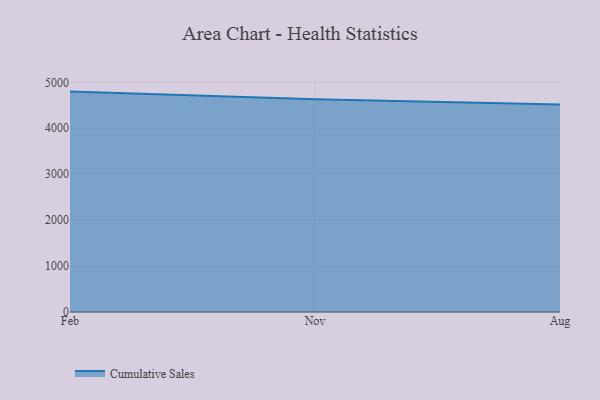
{"axis": {"x": "Month", "y": "Bounce Rate (%)"}, "legend": ["Cumulative Sales"], "data": [{"x": "Feb", "y": 4798.1, "type": "Cumulative Sales"}, {"x": "Nov", "y": 4632.2, "type": "Cumulative Sales"}, {"x": "Aug", "y": 4515.7, "type": "Cumulative Sales"}]}